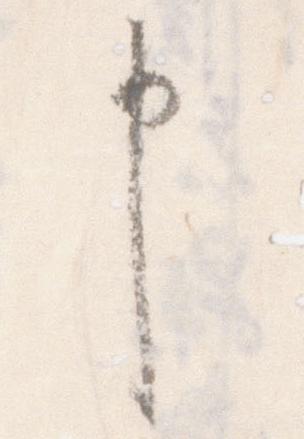
申